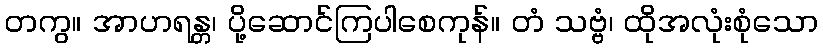
တကွ။ အာဟရန္တ၊ ပို့ဆောင်ကြပါစေကုန်။ တံ သဗ္ဗံ၊ ထိုအလုံးစုံသော